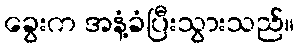
ခွေးက အနံ့ခံပြီးသွားသည်။